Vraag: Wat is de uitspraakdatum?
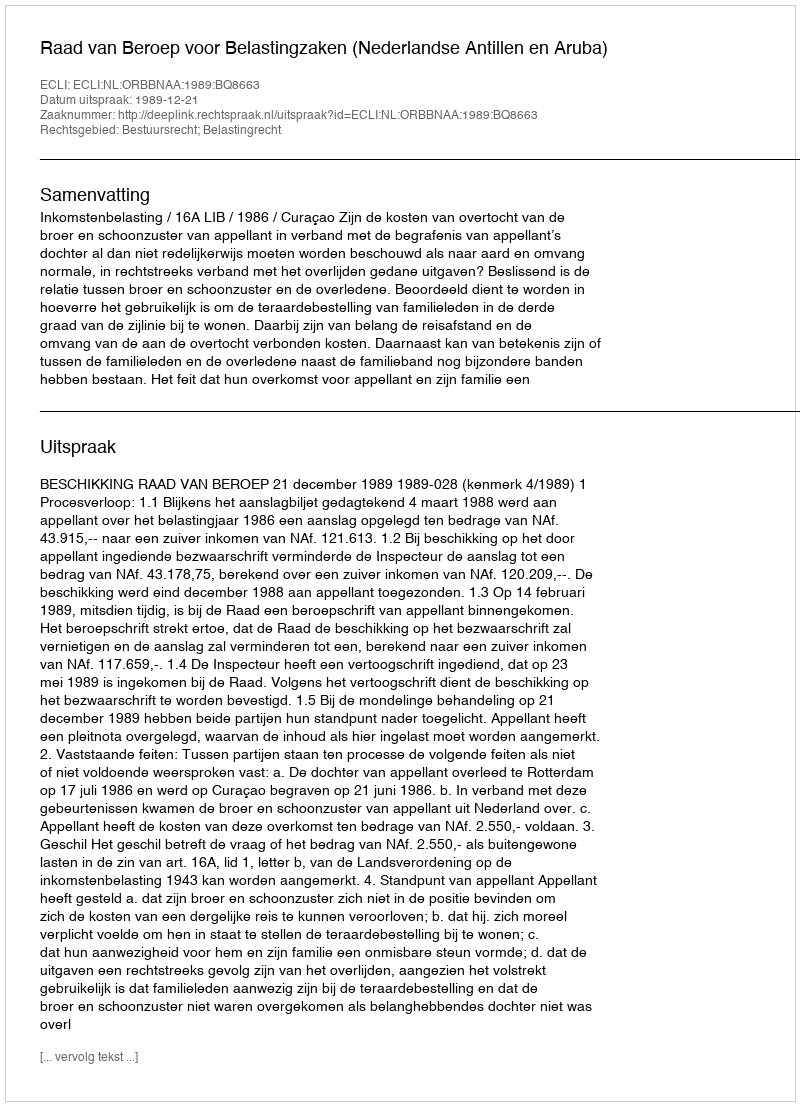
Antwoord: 1989-12-21